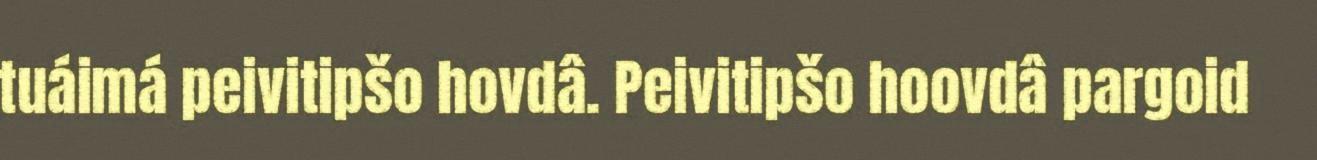
tuáimá peivitipšo hovdâ. Peivitipšo hoovdâ pargoid